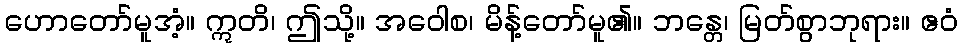
ဟောတော်မူအံ့။ ဣတိ၊ ဤသို့။ အဝေါစ၊ မိန့်တော်မူ၏။ ဘန္တေ၊ မြတ်စွာဘုရား။ ဧဝံ